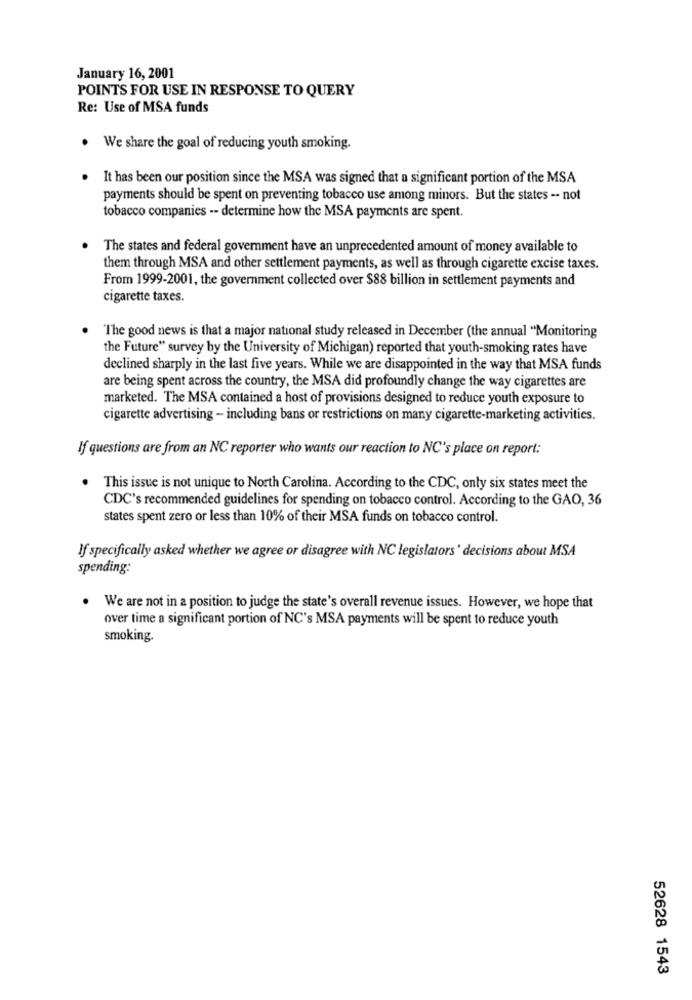
January 16, 2001
POINTS FOR USE IN RESPONSE TO QUERY
Re: Use of MSA funds
We share the goal of reducing youth smoking.
. It has been our position since the MSA was signed that a significant portion of the MSA
payments should be spent on preventing tobacco use among minors. But the states -- not
tobacco companies -- determine how the MSA payments are spent.
The states and federal government have an unprecedented amount of money available to
them through MSA and other settlement payments, as well as through cigarette excise taxes.
From 1999-2001, the government collected over $88 billion in settlement payments and
cigarette taxes.
The good news is that a major national study released in December (the annual "Monitoring
the Future" survey by the University of Michigan) reported that youth-smoking rates have
declined sharply in the last five years. While we are disappointed in the way that MSA funds
are being spent across the country, the MSA did profoundly change the way cigarettes are
marketed. The MSA contained a host of provisions designed to reduce youth exposure to
cigarette advertising - including bans or restrictions on many cigarette-marketing activities.
If questions are from an NC reporter who wants our reaction to NC's place on report:
This issue is not unique to North Carolina. According to the CDC, only six states meet the
CDC's recommended guidelines for spending on tobacco control. According to the GAO, 36
states spent zero or less than 10% of their MSA funds on tobacco control.
If specifically asked whether we agree or disagree with NC legislators' decisions about MSA
spending:
. We are not in a position to judge the state's overall revenue issues. However, we hope that
over time a significant portion of NC's MSA payments will be spent to reduce youth
smoking.
52628 1543